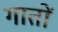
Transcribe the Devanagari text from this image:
गातों